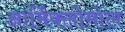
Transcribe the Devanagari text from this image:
आर्मिक्लोमोल